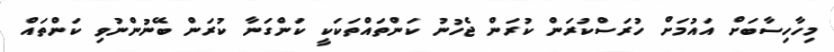
މިހާހިސާބަށް އައުމަށް ހުރަސްކުރަން ކުރަން ޖެހުނު ކަންތައްތަކަކީ ކަންގަނާ ކުރަން ބޭނުންނުވި ކަންތައް